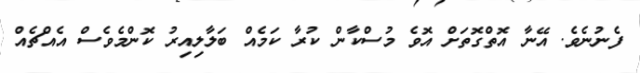
ފެނުނެވެ. އޭނާ އޮތްގޮތަށް އޮވެ މުސްކާން ކުރާ ކަމެއް ބަލާލިއިރު ކޮންމެވެސް އެއްޗެއް